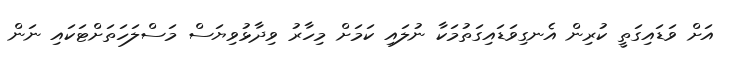
އަށް ވަޑައިގަތީ ކުރިން އެނގިވަޑައިގަތުމަކާ ނުލައި ކަމަށް މިހާރު ވިދާޅުވިޔަސް މަސްލަހަތަށްޓަކައި ނަން